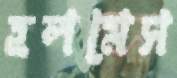
হলমেস